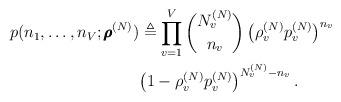
LaTeX: \begin{align*}p(n_1, \ldots, n_V; \pmb{\rho}^{(N)}) &\triangleq \prod_{v = 1}^V {N^{(N)}_v \choose n_v} \left(\rho^{(N)}_v p^{(N)}_v \right)^{n_v} \\&\! \left(1 - \rho^{(N)}_v p^{(N)}_v\right)^{N^{(N)}_v - n_v}.\end{align*}